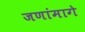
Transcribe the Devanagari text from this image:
जणांमागे